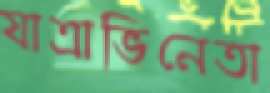
যাত্রাভিনেতা